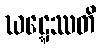
ဃဋ္ဋေဿတိ